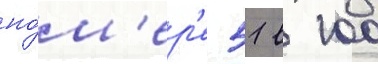
но́м'ер'е 51 в 100